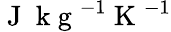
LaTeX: \mathrm{~J~}\mathrm{~k~g~}^{-1}\mathrm{~K~}^{-1}